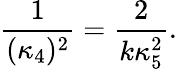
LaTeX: \frac{1}{(\kappa_{4})^{2}}=\frac{2}{k\kappa_{5}^{2}}.